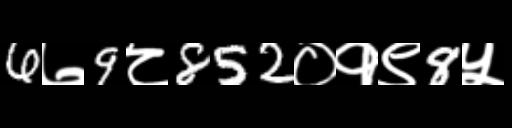
Text: 6७9८852०१९8५